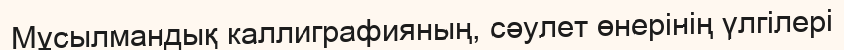
Мұсылмандық каллиграфияның, сәулет өнерінің үлгілері